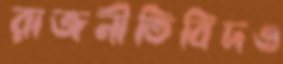
রাজনীতিবিদও